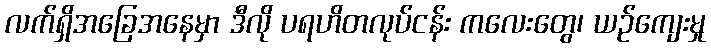
လက်ရှိအခြေအနေမှာ ဒီလို ပရဟိတလုပ်ငန်း ကလေးတွေ၊ ယဉ်ကျေးမှု